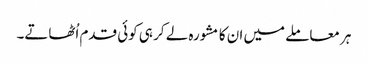
ہر معاملے میں ان کا مشورہ لے کر ہی کوئی قدم اُٹھاتے۔